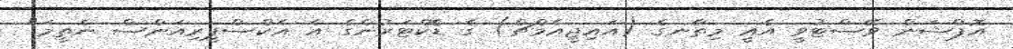
އޮޕްޝަން ވޭސްޓުވީ އެއީ މިތާނގެ (އައިޖީއެމްޗް) ގެ ޑޮކްޓަރުންގެ އެ އެކްސްޕީރިއަންސް ނެތީމަ"